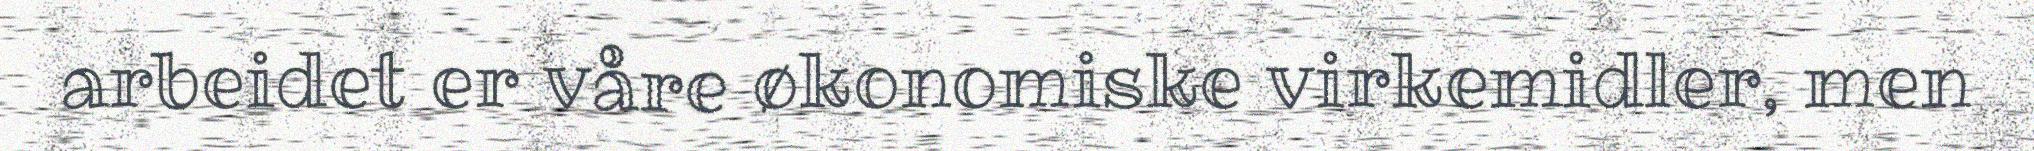
arbeidet er våre økonomiske virkemidler, men